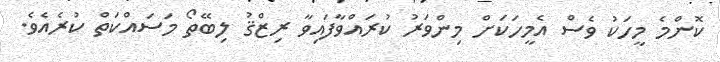
ކޮންމެ މީހަކު ވެސް އެމީހަކަށް މިންވަރު ކުރައްވާފައިވާ ރިޒްޤު ލިބޭތޯ މަސައްކަތް ކުރެއެވެ.